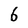
Character: 6